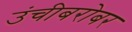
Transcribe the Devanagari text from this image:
उंचीबरोबर